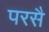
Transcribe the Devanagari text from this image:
परसै